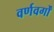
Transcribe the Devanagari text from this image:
वर्णवर्गों